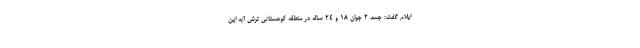
ایلام گفت: جسد ۲ جوان ۱۸ و ۲۴ ساله در منطقه کوهستانی ترش آبه این